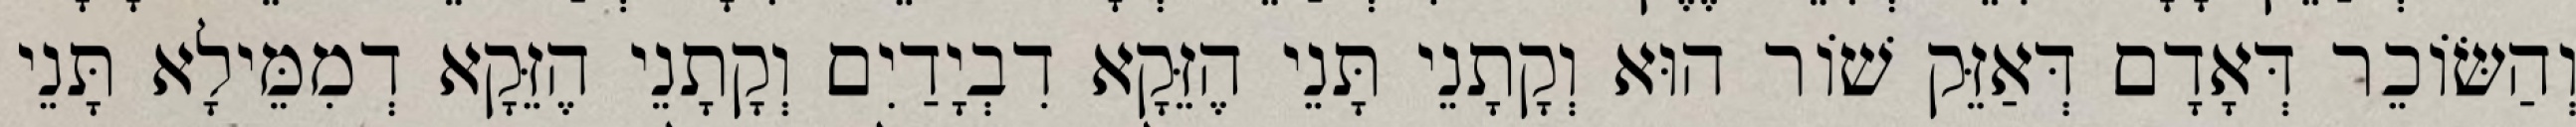
וְהַשּׂוֹכֵר דְּאָדָם דְּאַזֵּק שׁוֹר הוּא וְקָתָנֵי תָּנֵי הֶזֵּקָא דִבְיָדַיִם וְקָתָנֵי הֶזֵּקָא דְמִמֵּילָא תָּנֵי